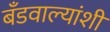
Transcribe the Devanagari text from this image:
बँडवाल्यांशी